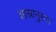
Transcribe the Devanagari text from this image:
शास्रानुसार